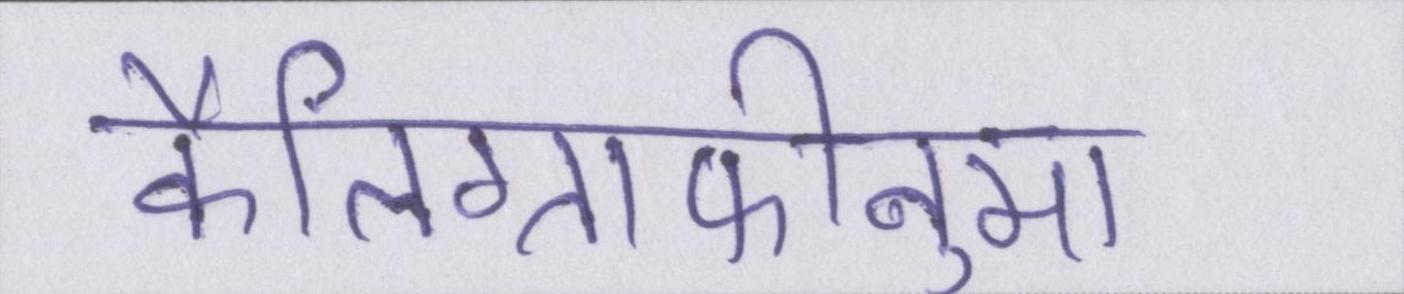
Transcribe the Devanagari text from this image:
कैलिग्राफीनुमा